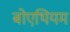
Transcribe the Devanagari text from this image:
बोएथियम